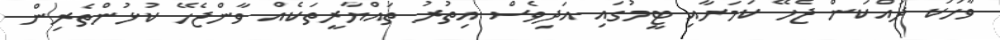
ވާހަކަ ދައްކަން ޖެހޭ ކަމަށާއި ޓީމުގައި އަދިވެސް އިތުރު ތައްޔާރީތަކެއް ވާންޖެހޭ ކުޅުންތެރިން